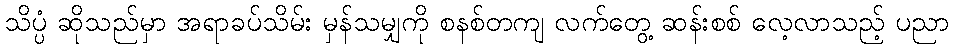
သိပ္ပံ ဆိုသည်မှာ အရာခပ်သိမ်း မှန်သမျှကို စနစ်တကျ လက်တွေ့ ဆန်းစစ် လေ့လာသည့် ပညာ